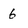
Character: 6